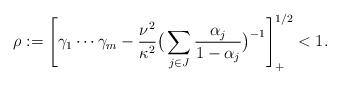
LaTeX: \begin{align*}\rho :=\left[\gamma_1 \cdots \gamma_m -\frac{\nu^2}{\kappa^2}\big(\sum_{j\in J} \frac{\alpha_j}{1 -\alpha_j}\big)^{-1}\right]_+^{1/2}<1.\end{align*}